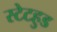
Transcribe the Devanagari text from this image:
स्टेटहुड